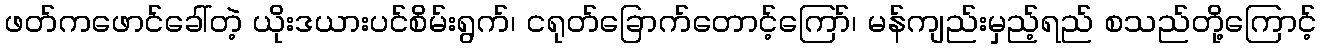
ဖတ်ကဖောင်ခေါ်တဲ့ ယိုးဒယားပင်စိမ်းရွက်၊ ငရုတ်ခြောက်တောင့်ကြော်၊ မန်ကျည်းမှည့်ရည် စသည်တို့ကြောင့်